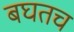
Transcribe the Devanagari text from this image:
बघतच